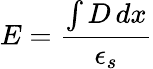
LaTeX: E={\frac{\int D\, dx}{\epsilon_{s}}}